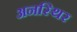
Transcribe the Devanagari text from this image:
अनस्थिर